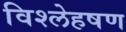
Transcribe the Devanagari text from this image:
विश्लेहषण